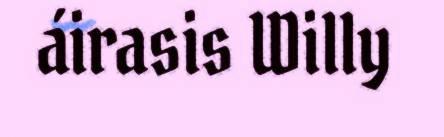
áirasis Willy